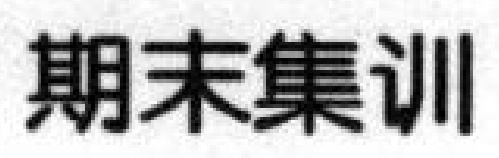
期末集训